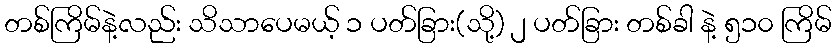
တစ်ကြိမ်နဲ့လည်း သိသာပေမယ့် ၁ ပတ်ခြား(သို့) ၂ ပတ်ခြား တစ်ခါ နဲ့ ၅၁၀ ကြိမ်